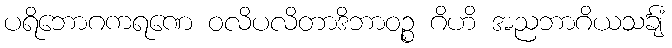
ပရိဘောဂကရဏေ ဝလိပလိတာဒိဘာဝဉ္စ ဂိဟိ အညဘာဂိယသင်္ချံ